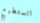
اتستطيع